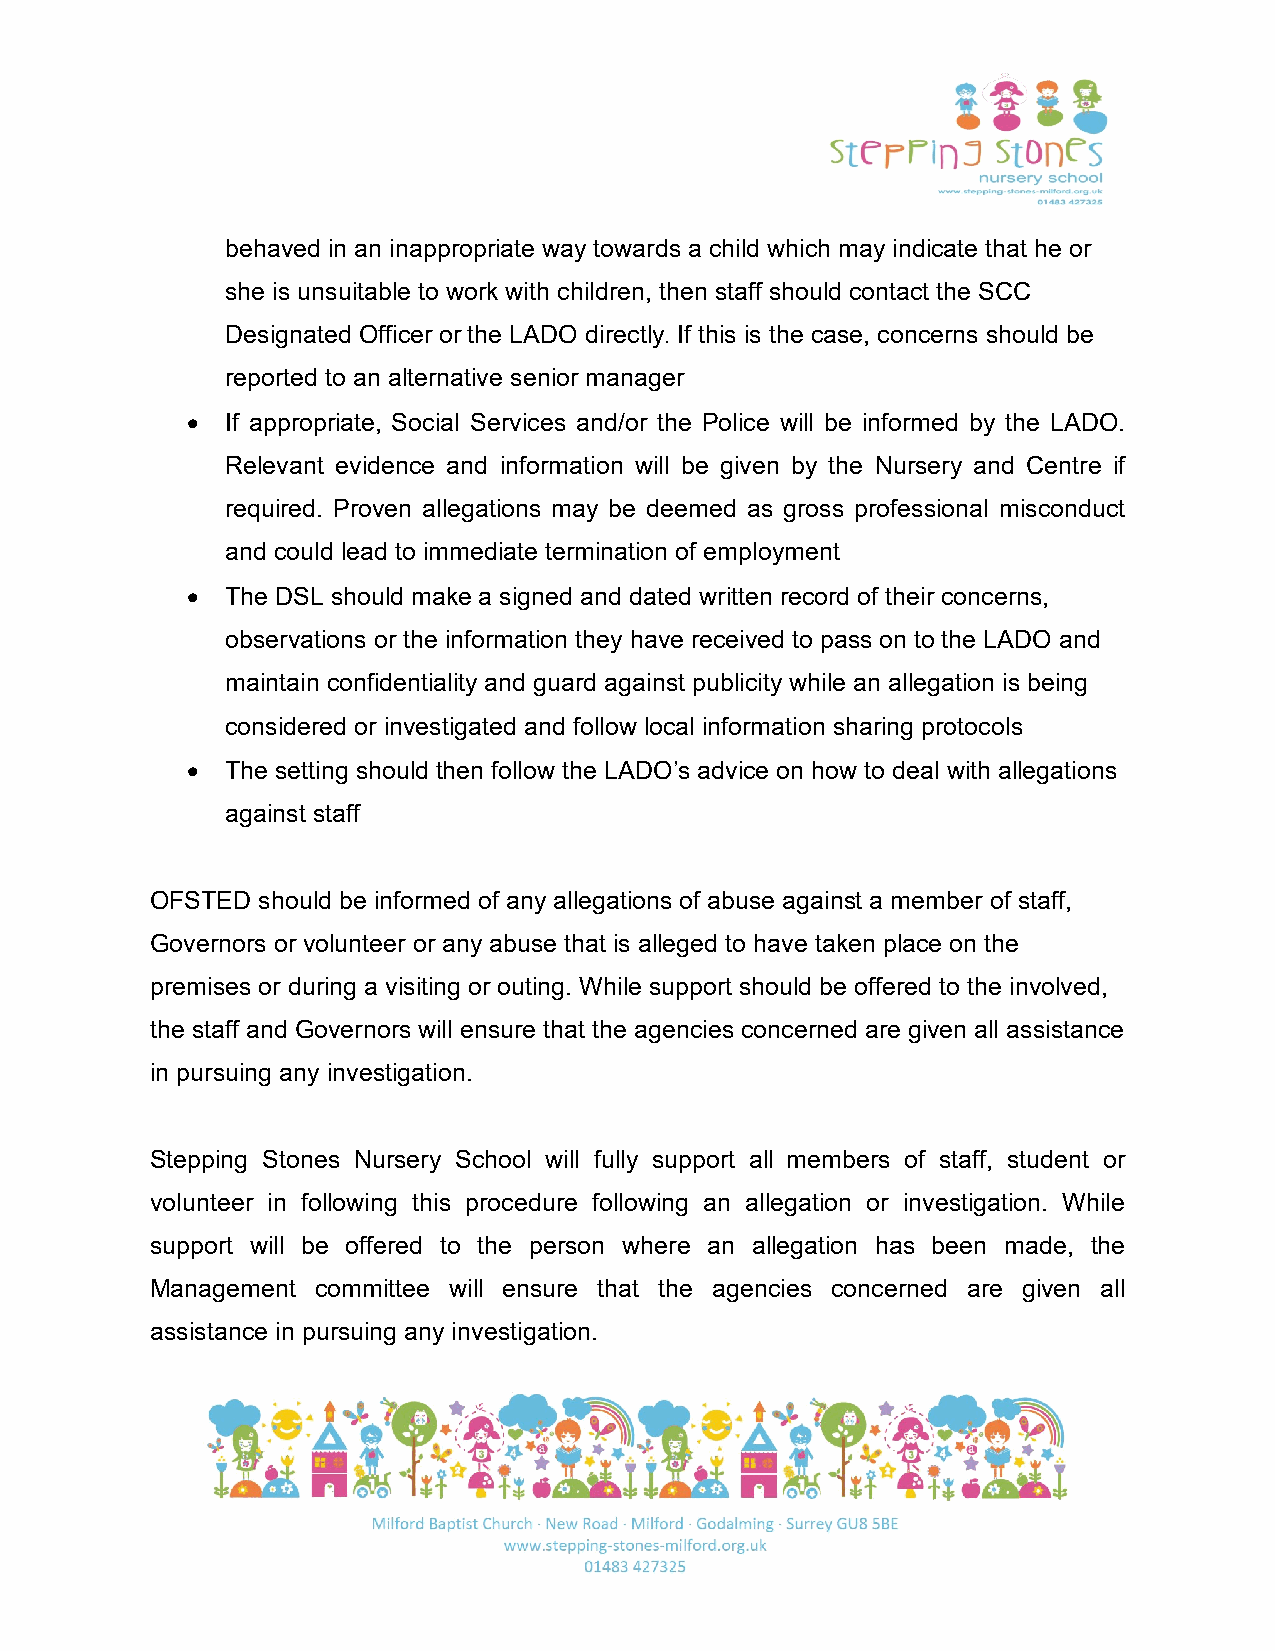
behaved in an inappropriate way towards a child which may indicate that he or
 she is unsuitable to work with children, then staff should contact the SCC
 Designated Officer or the LADO directly. If this is the case, concerns should be
 reported to an alternative senior manager
 •  If appropriate, Social Services and/or the Police will be informed by the LADO.
 Relevant evidence and information will be given by the Nursery and Centre if
 required. Proven allegations may be deemed as gross professional misconduct
 and could lead to immediate termination of employment
 •  The DSL should make a signed and dated written record of their concerns,
 observations or the information they have received to pass on to the LADO and
 maintain confidentiality and guard against publicity while an allegation is being
 considered or investigated and follow local information sharing protocols
 •  The setting should then follow the LADO’s advice on how to deal with allegations
 against staff
 OFSTED should be informed of any allegations of abuse against a member of staff,
 Governors or volunteer or any abuse that is alleged to have taken place on the
 premises or during a visiting or outing. While support should be offered to the involved,
 the staff and Governors will ensure that the agencies concerned are given all assistance
 in pursuing any investigation.
 Stepping Stones Nursery School will fully support all members of staff, student or
 volunteer in following this procedure following an allegation or investigation. While
 support will be offered to the person where an allegation has been made, the
 Management committee will ensure that the agencies concerned are given all
 assistance in pursuing any investigation.